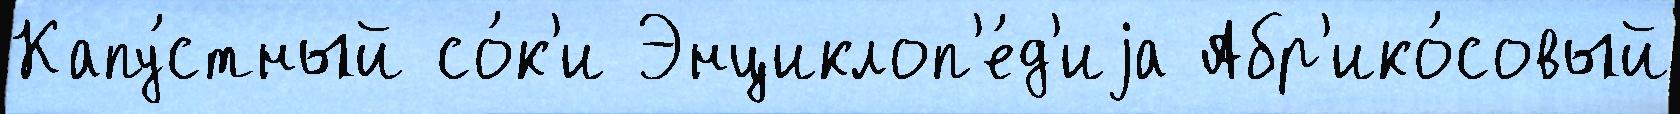
Капу́стный со́к'и Энциклоп'е́д'иjа Абр'ико́совый